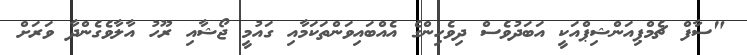
"ސާފް ޗެމްޕިއަންޝިޕްއަކީ އަބަދުވެސް ދިވެހިންގެ އެއްބައިވަންތަކަމާއި ގައުމީ ޖޯޝާއި ރޫހު އާލާވެގެންދާ ވަރަށް